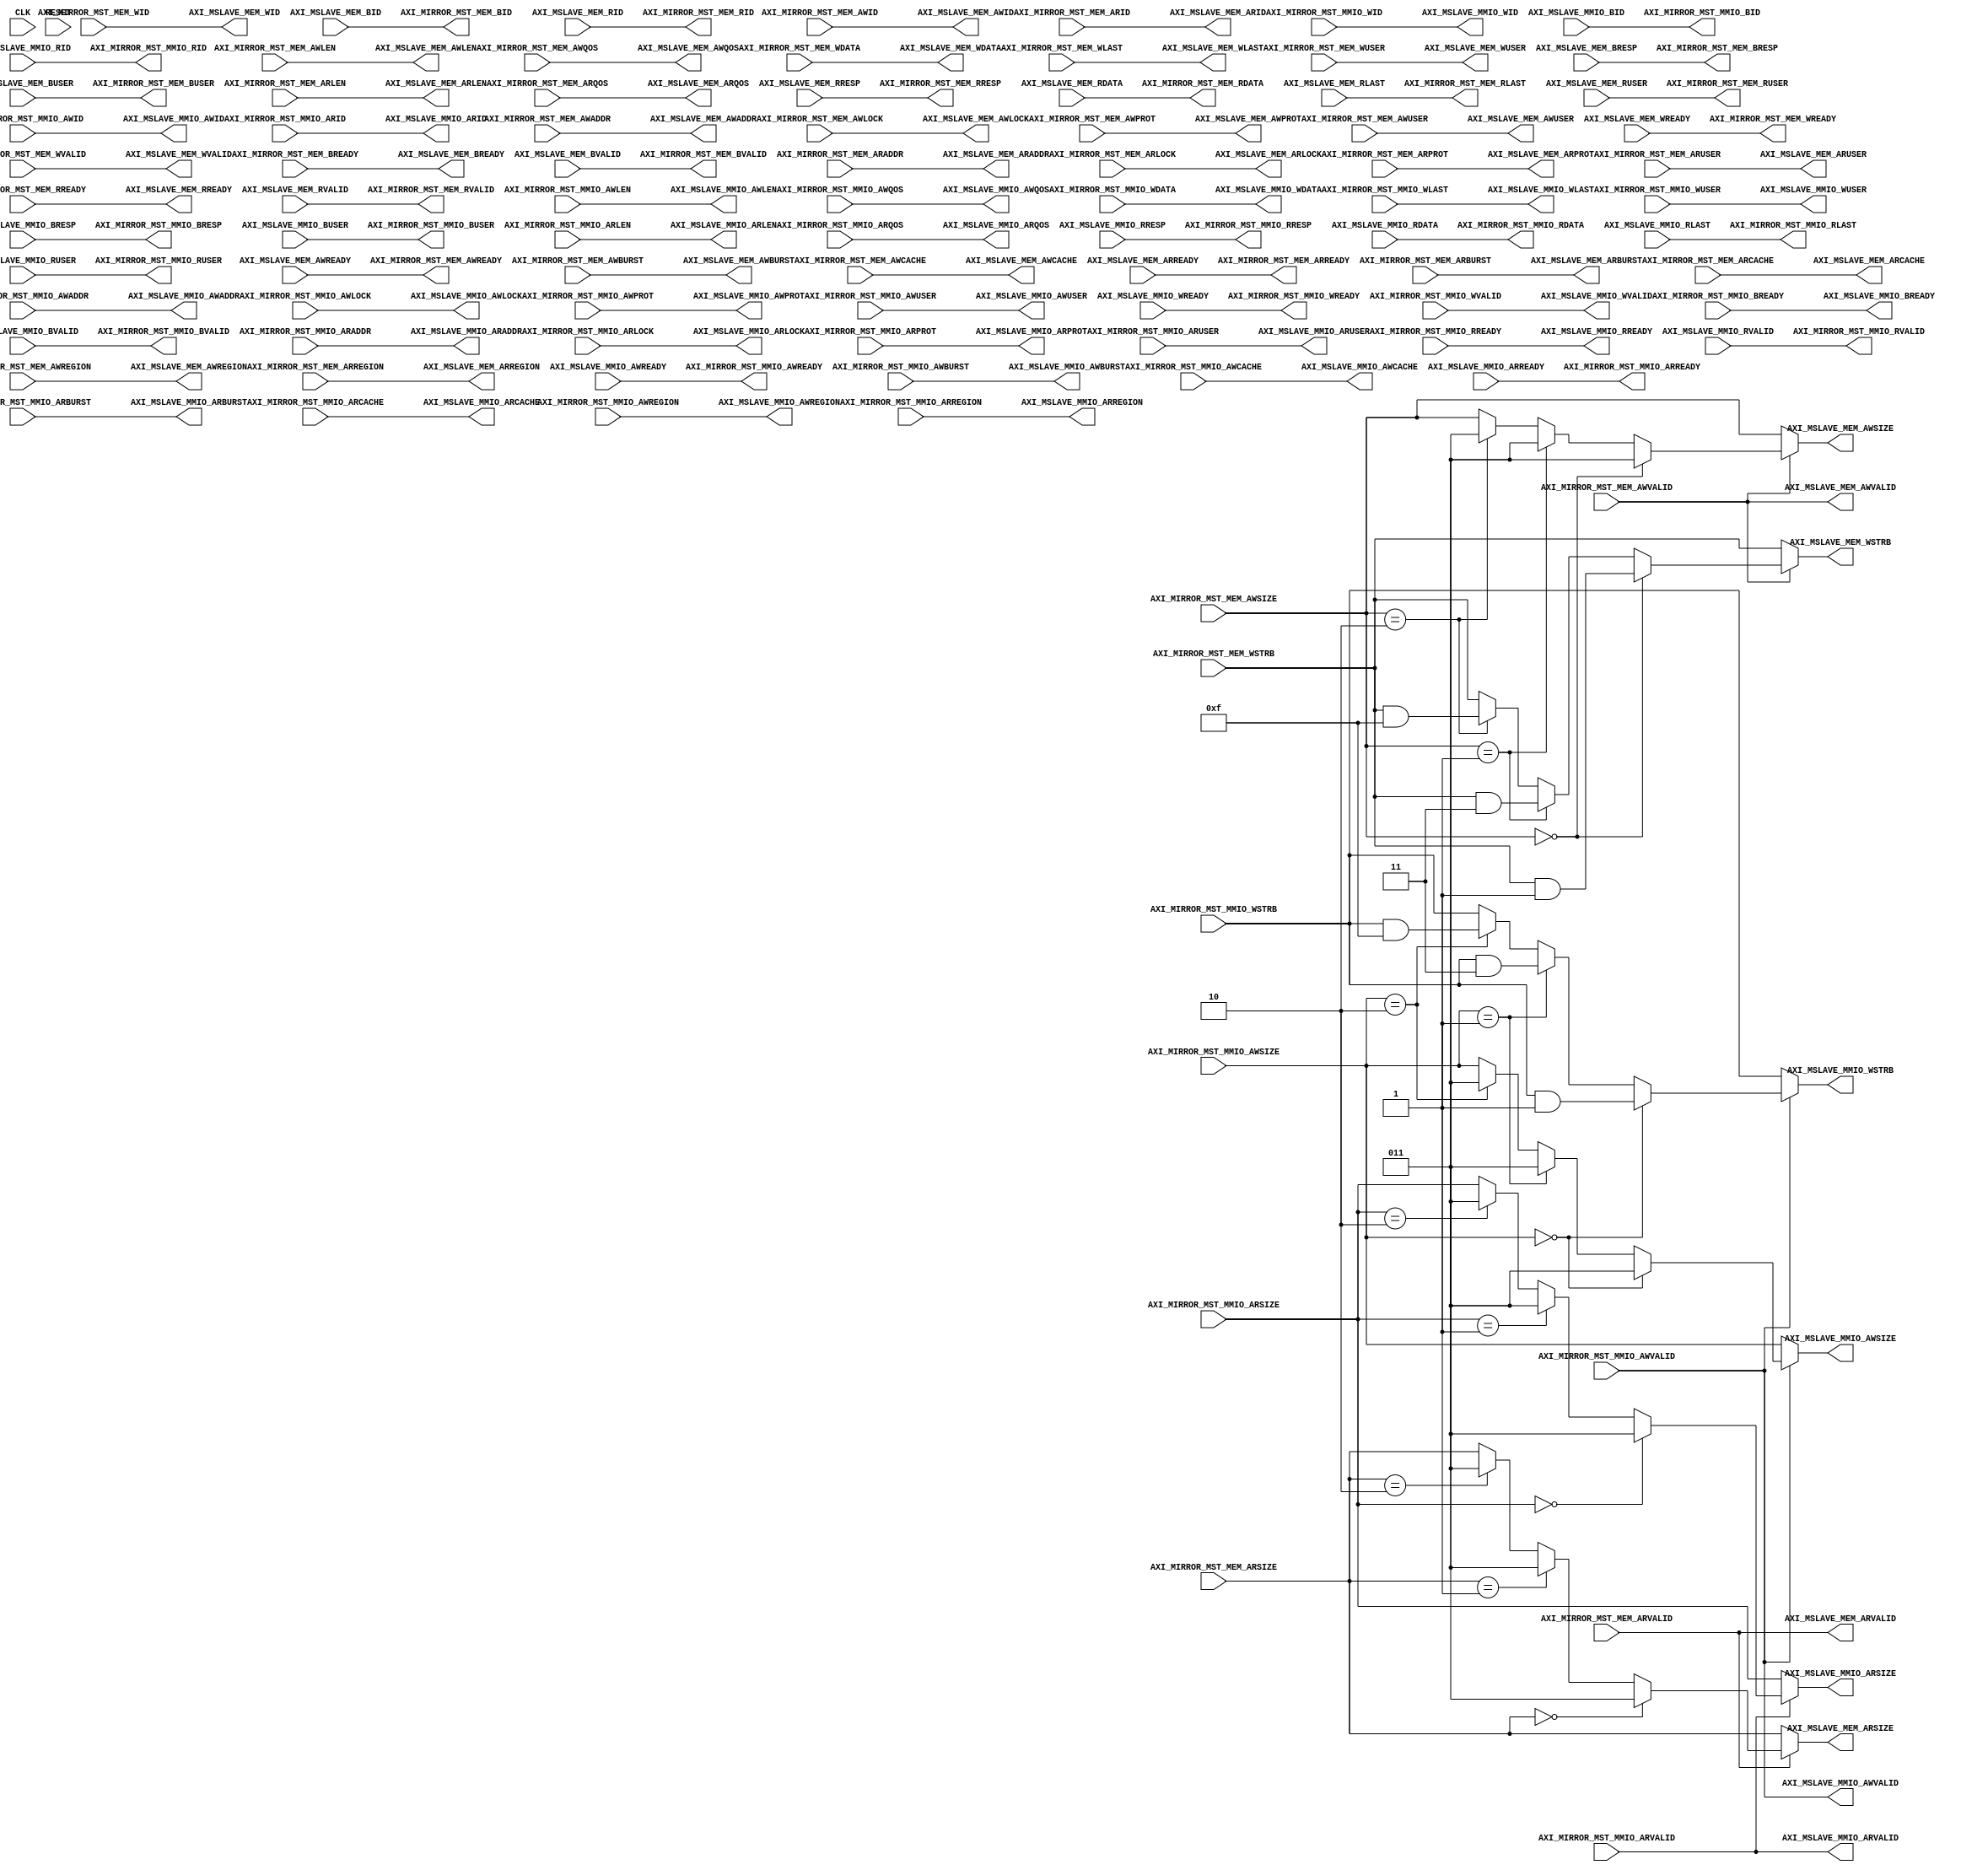
`timescale 1ns / 100ps

module AXI_GLUE_LOGIC(
    input          CLK,
    input          RESET,
     
     // RISC-V Cached IO
    output         AXI_MIRROR_MST_MEM_AWREADY,
    input          AXI_MIRROR_MST_MEM_AWVALID,
    input [31:0]   AXI_MIRROR_MST_MEM_AWADDR,
    input [7:0]    AXI_MIRROR_MST_MEM_AWLEN,
    input [2:0]    AXI_MIRROR_MST_MEM_AWSIZE,
    input [1:0]    AXI_MIRROR_MST_MEM_AWBURST,
    input          AXI_MIRROR_MST_MEM_AWLOCK,
    input [3:0]    AXI_MIRROR_MST_MEM_AWCACHE,
    input [2:0]    AXI_MIRROR_MST_MEM_AWPROT,
    input [3:0]    AXI_MIRROR_MST_MEM_AWQOS,
    input [3:0]    AXI_MIRROR_MST_MEM_AWREGION,
    input [4:0]    AXI_MIRROR_MST_MEM_AWID,
    input          AXI_MIRROR_MST_MEM_AWUSER,
    output         AXI_MIRROR_MST_MEM_WREADY,
    input          AXI_MIRROR_MST_MEM_WVALID,
    input [63:0]   AXI_MIRROR_MST_MEM_WDATA,
    input          AXI_MIRROR_MST_MEM_WLAST,
    input [4:0]    AXI_MIRROR_MST_MEM_WID, 
    input [7:0]    AXI_MIRROR_MST_MEM_WSTRB,
    input          AXI_MIRROR_MST_MEM_WUSER,
    input          AXI_MIRROR_MST_MEM_BREADY,
    output         AXI_MIRROR_MST_MEM_BVALID,
    output [1:0]   AXI_MIRROR_MST_MEM_BRESP,
    output [4:0]   AXI_MIRROR_MST_MEM_BID,
    output         AXI_MIRROR_MST_MEM_BUSER,
    output         AXI_MIRROR_MST_MEM_ARREADY,
    input          AXI_MIRROR_MST_MEM_ARVALID,
    input [31:0]   AXI_MIRROR_MST_MEM_ARADDR,
    input [7:0]    AXI_MIRROR_MST_MEM_ARLEN,
    input [2:0]    AXI_MIRROR_MST_MEM_ARSIZE,
    input [1:0]    AXI_MIRROR_MST_MEM_ARBURST,
    input          AXI_MIRROR_MST_MEM_ARLOCK,
    input [3:0]    AXI_MIRROR_MST_MEM_ARCACHE,
    input [2:0]    AXI_MIRROR_MST_MEM_ARPROT,
    input [3:0]    AXI_MIRROR_MST_MEM_ARQOS,
    input [3:0]    AXI_MIRROR_MST_MEM_ARREGION,
    input [4:0]    AXI_MIRROR_MST_MEM_ARID,
    input          AXI_MIRROR_MST_MEM_ARUSER,
    input          AXI_MIRROR_MST_MEM_RREADY,
    output         AXI_MIRROR_MST_MEM_RVALID,
    output [1:0]   AXI_MIRROR_MST_MEM_RRESP,
    output [63:0]  AXI_MIRROR_MST_MEM_RDATA,
    output         AXI_MIRROR_MST_MEM_RLAST,
    output [4:0]   AXI_MIRROR_MST_MEM_RID,
    output         AXI_MIRROR_MST_MEM_RUSER,
     
     // RISC-V MMIO IO
    output         AXI_MIRROR_MST_MMIO_AWREADY,
    input          AXI_MIRROR_MST_MMIO_AWVALID,
    input [31:0]   AXI_MIRROR_MST_MMIO_AWADDR,
    input [7:0]    AXI_MIRROR_MST_MMIO_AWLEN,
    input [2:0]    AXI_MIRROR_MST_MMIO_AWSIZE,
    input [1:0]    AXI_MIRROR_MST_MMIO_AWBURST,
    input          AXI_MIRROR_MST_MMIO_AWLOCK,
    input [3:0]    AXI_MIRROR_MST_MMIO_AWCACHE,
    input [2:0]    AXI_MIRROR_MST_MMIO_AWPROT,
    input [3:0]    AXI_MIRROR_MST_MMIO_AWQOS,
    input [3:0]    AXI_MIRROR_MST_MMIO_AWREGION,
    input [4:0]    AXI_MIRROR_MST_MMIO_AWID,
    input          AXI_MIRROR_MST_MMIO_AWUSER,
    output         AXI_MIRROR_MST_MMIO_WREADY,
    input          AXI_MIRROR_MST_MMIO_WVALID,
    input [63:0]   AXI_MIRROR_MST_MMIO_WDATA,
    input          AXI_MIRROR_MST_MMIO_WLAST,
    input [4:0]    AXI_MIRROR_MST_MMIO_WID,
    input [7:0]    AXI_MIRROR_MST_MMIO_WSTRB,
    input          AXI_MIRROR_MST_MMIO_WUSER,
    input          AXI_MIRROR_MST_MMIO_BREADY,
    output         AXI_MIRROR_MST_MMIO_BVALID,
    output [1:0]   AXI_MIRROR_MST_MMIO_BRESP,
    output [4:0]   AXI_MIRROR_MST_MMIO_BID,
    output         AXI_MIRROR_MST_MMIO_BUSER,
    output         AXI_MIRROR_MST_MMIO_ARREADY,
    input          AXI_MIRROR_MST_MMIO_ARVALID,
    input [31:0]   AXI_MIRROR_MST_MMIO_ARADDR,
    input [7:0]    AXI_MIRROR_MST_MMIO_ARLEN,
    input [2:0]    AXI_MIRROR_MST_MMIO_ARSIZE,
    input [1:0]    AXI_MIRROR_MST_MMIO_ARBURST,
    input          AXI_MIRROR_MST_MMIO_ARLOCK,
    input [3:0]    AXI_MIRROR_MST_MMIO_ARCACHE,
    input [2:0]    AXI_MIRROR_MST_MMIO_ARPROT,
    input [3:0]    AXI_MIRROR_MST_MMIO_ARQOS,
    input [3:0]    AXI_MIRROR_MST_MMIO_ARREGION,
    input [4:0]    AXI_MIRROR_MST_MMIO_ARID,
    input          AXI_MIRROR_MST_MMIO_ARUSER,
    input          AXI_MIRROR_MST_MMIO_RREADY,
    output         AXI_MIRROR_MST_MMIO_RVALID,
    output [1:0]   AXI_MIRROR_MST_MMIO_RRESP,
    output [63:0]  AXI_MIRROR_MST_MMIO_RDATA,
    output         AXI_MIRROR_MST_MMIO_RLAST,
    output [4:0]   AXI_MIRROR_MST_MMIO_RID,
    output         AXI_MIRROR_MST_MMIO_RUSER,
    
    
     // Cached uncore
    input         AXI_MSLAVE_MEM_AWREADY,
    output        AXI_MSLAVE_MEM_AWVALID,
    output [31:0] AXI_MSLAVE_MEM_AWADDR,
    output [7:0]  AXI_MSLAVE_MEM_AWLEN,
    output [2:0]  AXI_MSLAVE_MEM_AWSIZE,
    output [1:0]  AXI_MSLAVE_MEM_AWBURST,
    output        AXI_MSLAVE_MEM_AWLOCK,
    output [3:0]  AXI_MSLAVE_MEM_AWCACHE,
    output [2:0]  AXI_MSLAVE_MEM_AWPROT,
    output [3:0]  AXI_MSLAVE_MEM_AWQOS,
    output [3:0]  AXI_MSLAVE_MEM_AWREGION,
    output [4:0]  AXI_MSLAVE_MEM_AWID,
    output        AXI_MSLAVE_MEM_AWUSER,
    input         AXI_MSLAVE_MEM_WREADY,
    output        AXI_MSLAVE_MEM_WVALID,
    output [63:0] AXI_MSLAVE_MEM_WDATA,
    output        AXI_MSLAVE_MEM_WLAST,
    output [4:0]  AXI_MSLAVE_MEM_WID, 
    output [7:0]  AXI_MSLAVE_MEM_WSTRB,
    output        AXI_MSLAVE_MEM_WUSER,
    output        AXI_MSLAVE_MEM_BREADY,
    input         AXI_MSLAVE_MEM_BVALID,
    input [1:0]   AXI_MSLAVE_MEM_BRESP,
    input [4:0]   AXI_MSLAVE_MEM_BID,
    input         AXI_MSLAVE_MEM_BUSER,
    input         AXI_MSLAVE_MEM_ARREADY,
    output        AXI_MSLAVE_MEM_ARVALID,
    output [31:0] AXI_MSLAVE_MEM_ARADDR,
    output [7:0]  AXI_MSLAVE_MEM_ARLEN,
    output [2:0]  AXI_MSLAVE_MEM_ARSIZE,
    output [1:0]  AXI_MSLAVE_MEM_ARBURST,
    output        AXI_MSLAVE_MEM_ARLOCK,
    output [3:0]  AXI_MSLAVE_MEM_ARCACHE,
    output [2:0]  AXI_MSLAVE_MEM_ARPROT,
    output [3:0]  AXI_MSLAVE_MEM_ARQOS,
    output [3:0]  AXI_MSLAVE_MEM_ARREGION,
    output [4:0]  AXI_MSLAVE_MEM_ARID,
    output        AXI_MSLAVE_MEM_ARUSER,
    output        AXI_MSLAVE_MEM_RREADY,
    input         AXI_MSLAVE_MEM_RVALID,
    input [1:0]   AXI_MSLAVE_MEM_RRESP,
    input [63:0]  AXI_MSLAVE_MEM_RDATA,
    input         AXI_MSLAVE_MEM_RLAST,
    input [4:0]   AXI_MSLAVE_MEM_RID,
    input         AXI_MSLAVE_MEM_RUSER,
     
     // Uncached uncore
     
    input         AXI_MSLAVE_MMIO_AWREADY,
    output        AXI_MSLAVE_MMIO_AWVALID,
    output [31:0] AXI_MSLAVE_MMIO_AWADDR,
    output [7:0]  AXI_MSLAVE_MMIO_AWLEN,
    output [2:0]  AXI_MSLAVE_MMIO_AWSIZE,
    output [1:0]  AXI_MSLAVE_MMIO_AWBURST,
    output        AXI_MSLAVE_MMIO_AWLOCK,
    output [3:0]  AXI_MSLAVE_MMIO_AWCACHE,
    output [2:0]  AXI_MSLAVE_MMIO_AWPROT,
    output [3:0]  AXI_MSLAVE_MMIO_AWQOS,
    output [3:0]  AXI_MSLAVE_MMIO_AWREGION,
    output [4:0]  AXI_MSLAVE_MMIO_AWID,
    output        AXI_MSLAVE_MMIO_AWUSER,
    input         AXI_MSLAVE_MMIO_WREADY,
    output        AXI_MSLAVE_MMIO_WVALID,
    output [63:0] AXI_MSLAVE_MMIO_WDATA,
    output        AXI_MSLAVE_MMIO_WLAST,
    output [4:0]  AXI_MSLAVE_MMIO_WID,
    output [7:0]  AXI_MSLAVE_MMIO_WSTRB,
    output        AXI_MSLAVE_MMIO_WUSER,
    output        AXI_MSLAVE_MMIO_BREADY,
    input         AXI_MSLAVE_MMIO_BVALID,
    input [1:0]   AXI_MSLAVE_MMIO_BRESP,
    input [4:0]   AXI_MSLAVE_MMIO_BID,
    input         AXI_MSLAVE_MMIO_BUSER,
    input         AXI_MSLAVE_MMIO_ARREADY,
    output        AXI_MSLAVE_MMIO_ARVALID,
    output [31:0] AXI_MSLAVE_MMIO_ARADDR,
    output [7:0]  AXI_MSLAVE_MMIO_ARLEN,
    output [2:0]  AXI_MSLAVE_MMIO_ARSIZE,
    output [1:0]  AXI_MSLAVE_MMIO_ARBURST,
    output        AXI_MSLAVE_MMIO_ARLOCK,
    output [3:0]  AXI_MSLAVE_MMIO_ARCACHE,
    output [2:0]  AXI_MSLAVE_MMIO_ARPROT,
    output [3:0]  AXI_MSLAVE_MMIO_ARQOS,
    output [3:0]  AXI_MSLAVE_MMIO_ARREGION,
    output [4:0]  AXI_MSLAVE_MMIO_ARID,
    output        AXI_MSLAVE_MMIO_ARUSER,
    output        AXI_MSLAVE_MMIO_RREADY,
    input         AXI_MSLAVE_MMIO_RVALID,
    input [1:0]   AXI_MSLAVE_MMIO_RRESP,
    input [63:0]  AXI_MSLAVE_MMIO_RDATA,
    input         AXI_MSLAVE_MMIO_RLAST,
    input [4:0]   AXI_MSLAVE_MMIO_RID,
    input         AXI_MSLAVE_MMIO_RUSER
);

    reg [2:0] conditioned_ARSIZE;
    reg [2:0] conditioned_ARSIZE_0;
    reg [2:0] conditioned_AWSIZE;
    reg [2:0] conditioned_AWSIZE_0;
    reg [7:0] conditioned_WSTRB;
    reg [7:0] conditioned_WSTRB_0;

   
    assign AXI_MSLAVE_MMIO_AWVALID = AXI_MIRROR_MST_MMIO_AWVALID;
    assign AXI_MSLAVE_MMIO_AWADDR = AXI_MIRROR_MST_MMIO_AWADDR;
    assign AXI_MSLAVE_MMIO_AWLEN = AXI_MIRROR_MST_MMIO_AWLEN;
    assign AXI_MSLAVE_MMIO_AWSIZE = conditioned_AWSIZE;
    assign AXI_MSLAVE_MMIO_AWBURST = AXI_MIRROR_MST_MMIO_AWBURST;
    assign AXI_MSLAVE_MMIO_AWLOCK = AXI_MIRROR_MST_MMIO_AWLOCK;
    assign AXI_MSLAVE_MMIO_AWCACHE = AXI_MIRROR_MST_MMIO_AWCACHE;
    assign AXI_MSLAVE_MMIO_AWPROT = AXI_MIRROR_MST_MMIO_AWPROT;
    assign AXI_MSLAVE_MMIO_AWQOS = AXI_MIRROR_MST_MMIO_AWQOS;
    assign AXI_MSLAVE_MMIO_AWREGION = AXI_MIRROR_MST_MMIO_AWREGION;
    assign AXI_MSLAVE_MMIO_AWID = AXI_MIRROR_MST_MMIO_AWID;
    assign AXI_MSLAVE_MMIO_AWUSER = AXI_MIRROR_MST_MMIO_AWUSER;
    assign AXI_MSLAVE_MMIO_WVALID = AXI_MIRROR_MST_MMIO_WVALID;
    assign AXI_MSLAVE_MMIO_WDATA = AXI_MIRROR_MST_MMIO_WDATA;
    assign AXI_MSLAVE_MMIO_WLAST = AXI_MIRROR_MST_MMIO_WLAST;
    assign AXI_MSLAVE_MMIO_WID = AXI_MIRROR_MST_MMIO_WID;
    assign AXI_MSLAVE_MMIO_WSTRB = conditioned_WSTRB;
    assign AXI_MSLAVE_MMIO_WUSER = AXI_MIRROR_MST_MMIO_WUSER;
    assign AXI_MSLAVE_MMIO_BREADY = AXI_MIRROR_MST_MMIO_BREADY;
    assign AXI_MSLAVE_MMIO_ARVALID = AXI_MIRROR_MST_MMIO_ARVALID;
    assign AXI_MSLAVE_MMIO_ARADDR = AXI_MIRROR_MST_MMIO_ARADDR;
    assign AXI_MSLAVE_MMIO_ARLEN = AXI_MIRROR_MST_MMIO_ARLEN;
    assign AXI_MSLAVE_MMIO_ARSIZE = conditioned_ARSIZE;
    assign AXI_MSLAVE_MMIO_ARBURST = AXI_MIRROR_MST_MMIO_ARBURST;
    assign AXI_MSLAVE_MMIO_ARLOCK = AXI_MIRROR_MST_MMIO_ARLOCK;
    assign AXI_MSLAVE_MMIO_ARCACHE = AXI_MIRROR_MST_MMIO_ARCACHE;
    assign AXI_MSLAVE_MMIO_ARPROT = AXI_MIRROR_MST_MMIO_ARPROT;
    assign AXI_MSLAVE_MMIO_ARQOS = AXI_MIRROR_MST_MMIO_ARQOS;
    assign AXI_MSLAVE_MMIO_ARREGION = AXI_MIRROR_MST_MMIO_ARREGION;
    assign AXI_MSLAVE_MMIO_ARID = AXI_MIRROR_MST_MMIO_ARID;
    assign AXI_MSLAVE_MMIO_ARUSER = AXI_MIRROR_MST_MMIO_ARUSER;
    assign AXI_MSLAVE_MMIO_RREADY = AXI_MIRROR_MST_MMIO_RREADY;

    assign AXI_MIRROR_MST_MMIO_AWREADY = AXI_MSLAVE_MMIO_AWREADY;
    assign AXI_MIRROR_MST_MMIO_WREADY = AXI_MSLAVE_MMIO_WREADY;
    assign AXI_MIRROR_MST_MMIO_BVALID = AXI_MSLAVE_MMIO_BVALID;
    assign AXI_MIRROR_MST_MMIO_BRESP = AXI_MSLAVE_MMIO_BRESP;
    assign AXI_MIRROR_MST_MMIO_BID = AXI_MSLAVE_MMIO_BID;
    assign AXI_MIRROR_MST_MMIO_BUSER = AXI_MSLAVE_MMIO_BUSER;
    assign AXI_MIRROR_MST_MMIO_ARREADY = AXI_MSLAVE_MMIO_ARREADY;
    assign AXI_MIRROR_MST_MMIO_RRESP = AXI_MSLAVE_MMIO_RRESP;
    assign AXI_MIRROR_MST_MMIO_RDATA = AXI_MSLAVE_MMIO_RDATA;
    assign AXI_MIRROR_MST_MMIO_RLAST = AXI_MSLAVE_MMIO_RLAST;
    assign AXI_MIRROR_MST_MMIO_RID = AXI_MSLAVE_MMIO_RID;
    assign AXI_MIRROR_MST_MMIO_RVALID = AXI_MSLAVE_MMIO_RVALID;
    assign AXI_MIRROR_MST_MMIO_RUSER = AXI_MSLAVE_MMIO_RUSER;
    

    assign AXI_MSLAVE_MEM_AWVALID = AXI_MIRROR_MST_MEM_AWVALID;
    assign AXI_MSLAVE_MEM_AWADDR = AXI_MIRROR_MST_MEM_AWADDR;
    assign AXI_MSLAVE_MEM_AWLEN = AXI_MIRROR_MST_MEM_AWLEN;
    assign AXI_MSLAVE_MEM_AWSIZE = conditioned_AWSIZE_0;
    assign AXI_MSLAVE_MEM_AWBURST = AXI_MIRROR_MST_MEM_AWBURST;
    assign AXI_MSLAVE_MEM_AWLOCK = AXI_MIRROR_MST_MEM_AWLOCK;
    assign AXI_MSLAVE_MEM_AWCACHE = AXI_MIRROR_MST_MEM_AWCACHE;
    assign AXI_MSLAVE_MEM_AWPROT = AXI_MIRROR_MST_MEM_AWPROT;
    assign AXI_MSLAVE_MEM_AWQOS = AXI_MIRROR_MST_MEM_AWQOS;
    assign AXI_MSLAVE_MEM_AWREGION = AXI_MIRROR_MST_MEM_AWREGION;
    assign AXI_MSLAVE_MEM_AWID = AXI_MIRROR_MST_MEM_AWID;
    assign AXI_MSLAVE_MEM_AWUSER = AXI_MIRROR_MST_MEM_AWUSER;
    assign AXI_MSLAVE_MEM_WVALID = AXI_MIRROR_MST_MEM_WVALID;
    assign AXI_MSLAVE_MEM_WDATA = AXI_MIRROR_MST_MEM_WDATA;
    assign AXI_MSLAVE_MEM_WLAST = AXI_MIRROR_MST_MEM_WLAST;
    assign AXI_MSLAVE_MEM_WID = AXI_MIRROR_MST_MEM_WID; 
    assign AXI_MSLAVE_MEM_WSTRB = conditioned_WSTRB_0;
    assign AXI_MSLAVE_MEM_WUSER = AXI_MIRROR_MST_MEM_WUSER;
    assign AXI_MSLAVE_MEM_BREADY = AXI_MIRROR_MST_MEM_BREADY;
    assign AXI_MSLAVE_MEM_ARVALID = AXI_MIRROR_MST_MEM_ARVALID;
    assign AXI_MSLAVE_MEM_ARADDR = AXI_MIRROR_MST_MEM_ARADDR;
    assign AXI_MSLAVE_MEM_ARLEN = AXI_MIRROR_MST_MEM_ARLEN;
    assign AXI_MSLAVE_MEM_ARSIZE = conditioned_ARSIZE_0;
    assign AXI_MSLAVE_MEM_ARBURST = AXI_MIRROR_MST_MEM_ARBURST;
    assign AXI_MSLAVE_MEM_ARLOCK = AXI_MIRROR_MST_MEM_ARLOCK;
    assign AXI_MSLAVE_MEM_ARCACHE = AXI_MIRROR_MST_MEM_ARCACHE;
    assign AXI_MSLAVE_MEM_ARPROT = AXI_MIRROR_MST_MEM_ARPROT;
    assign AXI_MSLAVE_MEM_ARQOS = AXI_MIRROR_MST_MEM_ARQOS;
    assign AXI_MSLAVE_MEM_ARREGION = AXI_MIRROR_MST_MEM_ARREGION;
    assign AXI_MSLAVE_MEM_ARID = AXI_MIRROR_MST_MEM_ARID;
    assign AXI_MSLAVE_MEM_ARUSER = AXI_MIRROR_MST_MEM_ARUSER;
    assign AXI_MSLAVE_MEM_RREADY = AXI_MIRROR_MST_MEM_RREADY;

    assign AXI_MIRROR_MST_MEM_AWREADY = AXI_MSLAVE_MEM_AWREADY;
    assign AXI_MIRROR_MST_MEM_WREADY = AXI_MSLAVE_MEM_WREADY;
    assign AXI_MIRROR_MST_MEM_BVALID = AXI_MSLAVE_MEM_BVALID;
    assign AXI_MIRROR_MST_MEM_BRESP = AXI_MSLAVE_MEM_BRESP;
    assign AXI_MIRROR_MST_MEM_BID = AXI_MSLAVE_MEM_BID;
    assign AXI_MIRROR_MST_MEM_BUSER = AXI_MSLAVE_MEM_BUSER;
    assign AXI_MIRROR_MST_MEM_ARREADY = AXI_MSLAVE_MEM_ARREADY;
    assign AXI_MIRROR_MST_MEM_RVALID = AXI_MSLAVE_MEM_RVALID;
    assign AXI_MIRROR_MST_MEM_RRESP = AXI_MSLAVE_MEM_RRESP;
    assign AXI_MIRROR_MST_MEM_RDATA = AXI_MSLAVE_MEM_RDATA;
    assign AXI_MIRROR_MST_MEM_RLAST = AXI_MSLAVE_MEM_RLAST;
    assign AXI_MIRROR_MST_MEM_RID = AXI_MSLAVE_MEM_RID;
    assign AXI_MIRROR_MST_MEM_RUSER = AXI_MSLAVE_MEM_RUSER;

   // CoreAXIToAHBL does not support anything but 64-bit
   // Transactions. Bare minimal code to translate our
   // 32-bit transactions into 64-bit

   always @(*) begin
      conditioned_ARSIZE[2:0] = AXI_MIRROR_MST_MMIO_ARSIZE[2:0];
      if (AXI_MIRROR_MST_MMIO_ARVALID) begin
         if (AXI_MIRROR_MST_MMIO_ARSIZE == 3'b000) begin // 8-bit
            conditioned_ARSIZE[2:0] = 3'b011; 
         end else if (AXI_MIRROR_MST_MMIO_ARSIZE == 3'b001) begin //16-bit
            conditioned_ARSIZE[2:0] = 3'b011; 
         end else if (AXI_MIRROR_MST_MMIO_ARSIZE == 3'b010) begin // 32-bit
            conditioned_ARSIZE[2:0] = 3'b011; // 64-bit.
         end else if (AXI_MIRROR_MST_MMIO_ARSIZE == 3'b011) begin
         end else begin
            //$display ("UNSUPPORTED ARSIZE : %h", ARSIZE);
            //$finish;
         end
      end
   end


   always @(*) begin
      conditioned_ARSIZE_0[2:0] = AXI_MIRROR_MST_MEM_ARSIZE[2:0];
      if (AXI_MIRROR_MST_MEM_ARVALID) begin
         if (AXI_MIRROR_MST_MEM_ARSIZE == 3'b000) begin // 8-bit
            conditioned_ARSIZE_0[2:0] = 3'b011; 
         end else if (AXI_MIRROR_MST_MEM_ARSIZE == 3'b001) begin //16-bit
            conditioned_ARSIZE_0[2:0] = 3'b011; 
         end else if (AXI_MIRROR_MST_MEM_ARSIZE == 3'b010) begin // 32-bit
            conditioned_ARSIZE_0[2:0] = 3'b011; // 64-bit.
         end else if (AXI_MIRROR_MST_MEM_ARSIZE == 3'b011) begin
         end else begin
            //$display ("UNSUPPORTED ARSIZE_0 : %h", ARSIZE_0);
            //$finish;
         end
      end
   end

  
   always @(*) begin
      conditioned_AWSIZE[2:0] = AXI_MIRROR_MST_MMIO_AWSIZE[2:0];
      conditioned_WSTRB[7:0] = AXI_MIRROR_MST_MMIO_WSTRB[7:0];
      if (AXI_MIRROR_MST_MMIO_AWVALID) begin
         if (AXI_MIRROR_MST_MMIO_AWSIZE == 3'b000) begin // 8-bit
            conditioned_AWSIZE[2:0] = 3'b011;
            conditioned_WSTRB[7:0] = AXI_MIRROR_MST_MMIO_WSTRB[7:0] & 7'h1;
         end else if (AXI_MIRROR_MST_MMIO_AWSIZE == 3'b001) begin // 16-bit
            conditioned_AWSIZE[2:0] = 3'b011;
            conditioned_WSTRB[7:0] = AXI_MIRROR_MST_MMIO_WSTRB[7:0] & 7'h3;
         end else if (AXI_MIRROR_MST_MMIO_AWSIZE == 3'b010) begin // 32-bit
            conditioned_AWSIZE[2:0] = 3'b011; 
            conditioned_WSTRB[7:0] = AXI_MIRROR_MST_MMIO_WSTRB[7:0] & 7'hF;
         end else if (AXI_MIRROR_MST_MMIO_AWSIZE == 3'b011) begin // 64-bit
         end else begin
            //$display ("UNSUPPORTED AWSIZE : %h", AWSIZE);
            //$finish;
         end
      end
   end

    always @(*) begin
      conditioned_AWSIZE_0[2:0] = AXI_MIRROR_MST_MEM_AWSIZE[2:0];
      conditioned_WSTRB_0[7:0] = AXI_MIRROR_MST_MEM_WSTRB[7:0];
      if (AXI_MIRROR_MST_MEM_AWVALID) begin
         if (AXI_MIRROR_MST_MEM_AWSIZE == 3'b000) begin // 8-bit
            conditioned_AWSIZE_0[2:0] = 3'b011;
            conditioned_WSTRB_0[7:0] = AXI_MIRROR_MST_MEM_WSTRB[7:0] & 7'h1;
         end else if (AXI_MIRROR_MST_MEM_AWSIZE == 3'b001) begin // 16-bit
            conditioned_AWSIZE_0[2:0] = 3'b011;
            conditioned_WSTRB_0[7:0] = AXI_MIRROR_MST_MEM_WSTRB[7:0] & 7'h3;
         end else if (AXI_MIRROR_MST_MEM_AWSIZE == 3'b010) begin // 32-bit
            conditioned_AWSIZE_0[2:0] = 3'b011; 
            conditioned_WSTRB_0[7:0] = AXI_MIRROR_MST_MEM_WSTRB[7:0] & 7'hF;
         end else if (AXI_MIRROR_MST_MEM_AWSIZE == 3'b011) begin // 64-bit
         end else begin
            //$display ("UNSUPPORTED AWSIZE_0 : %h", AWSIZE_0);
            //$finish;
         end
      end
   end


endmodule